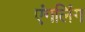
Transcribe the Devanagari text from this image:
एंगलिंग